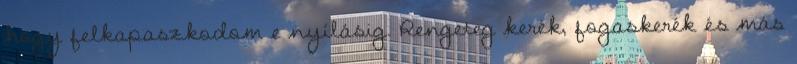
hogy felkapaszkodom e nyílásig. Rengeteg kerék, fogaskerék és más